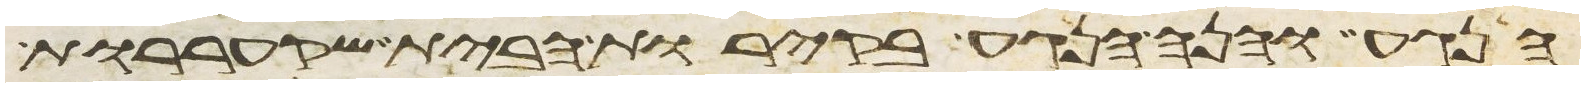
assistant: הנגע והנה הנגע בקירות הבית שקעררות